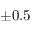
\pm 0 . 5